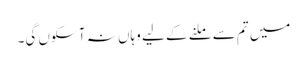
میں تم سے ملنے کے لیے وہاں نہ آ سکوں گی۔